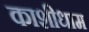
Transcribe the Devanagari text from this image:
काशीधाम